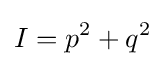
I=p^{2}+q^{2}